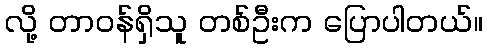
လို့ တာဝန်ရှိသူ တစ်ဦးက ပြောပါတယ်။